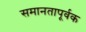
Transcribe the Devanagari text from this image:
समानतापूर्वक